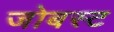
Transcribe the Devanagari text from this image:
जोबस्ट